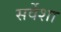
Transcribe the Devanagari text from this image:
सर्वेशा